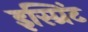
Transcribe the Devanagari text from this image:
इस्प्रिंट